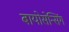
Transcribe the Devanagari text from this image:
बायोसेन्सिंग